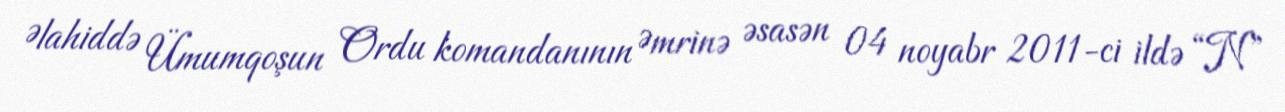
Əlahiddə Ümumqoşun Ordu komandanının Əmrinə əsasən 04 noyabr 2011-ci ildə “N”